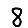
Digit: 8